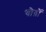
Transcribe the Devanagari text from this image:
चोग़ों